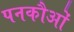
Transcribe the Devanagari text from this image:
पनकौओं